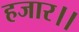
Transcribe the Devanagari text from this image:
हजार।।